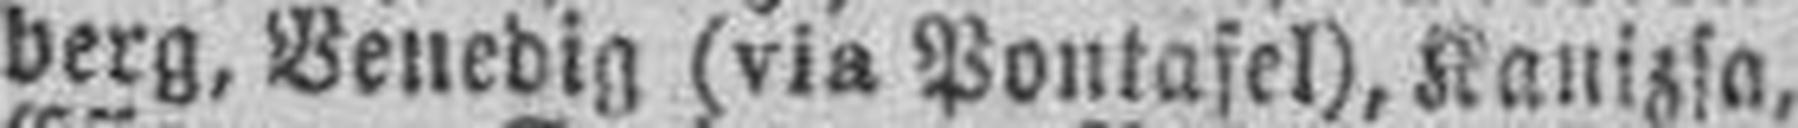
berg, Venedig (via Pontafel), Kanizsa,